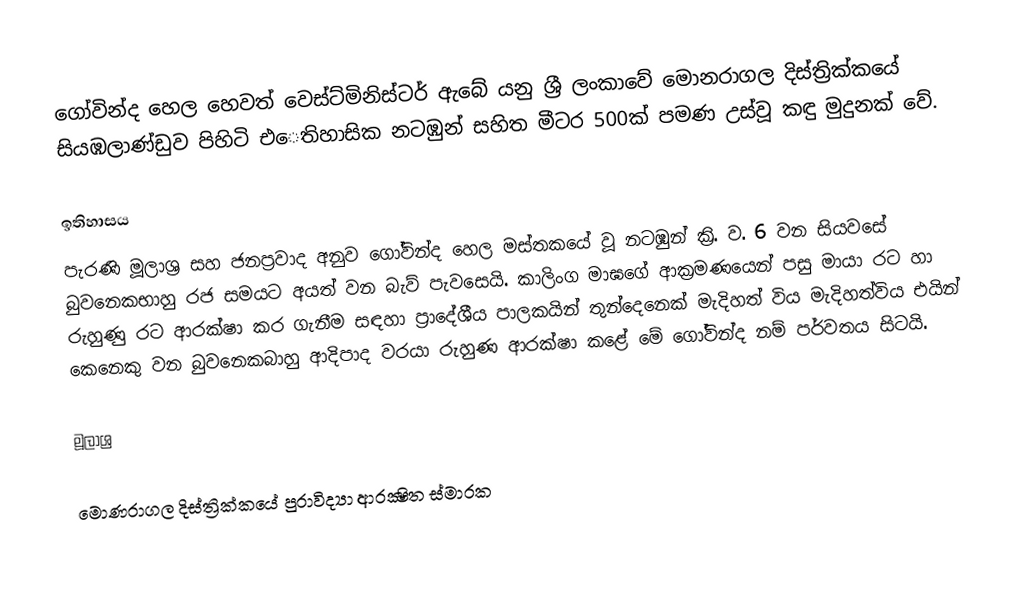
ගෝවින්ද හෙල හෙවත් වෙස්ට්මිනිස්ටර් ඇබේ යනු ශ්‍රී ලංකාවේ මොනරාගල දිස්ත්‍රික්කයේ සියඹලාණ්ඩුව පිහිටි එෙතිහාසික නටඹුන් සහිත මීටර 500ක් පමණ උස්වූ කඳු මුදුනක් වේ.

ඉතිහාසය
පැරණි මූලාශ්‍ර සහ ජනප්‍රවාද අනුව ගෝවින්ද හෙල මස්තකයේ වූ නටඹුන් ක්‍රි. ව. 6 වන සියවසේ බුවනෙකභාහු රජ සමයට අයත් වන බැව් පැවසෙයි. කාලිංග මාඝගේ ආක්‍රමණයෙන් පසු මායා රට හා රුහුණු රට ආරක්ෂා කර ගැනීම සඳහා ප්‍රාදේශීය පාලකයින් තුන්දෙනෙක් මැදිහත් විය මැදිහත්විය එයින් කෙනෙකු වන බුවනෙකබාහු ආදිපාද වරයා රුහුණ ආරක්ෂා කළේ මේ ගෝවින්ද නම් පර්වතය සිටයි.

මූලාශ්‍ර

මොණරාගල දිස්ත්‍රික්කයේ පුරාවිද්‍යා ආරක්‍ෂිත ස්මාරක